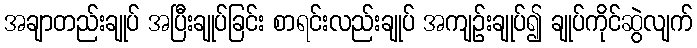
အချာတည်းချုပ် အပြီးချုပ်ခြင်း စာရင်းလည်းချုပ် အကျဉ်းချုပ်၍ ချုပ်ကိုင်ဆွဲလျက်